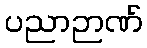
ပညာဉာဏ်